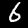
Label: 6